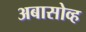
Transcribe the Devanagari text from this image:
अबासोव्ह